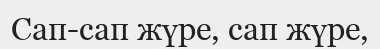
Сап-сап жүре, сап жүре,